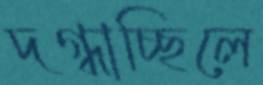
দগ্ধাচ্ছিলে